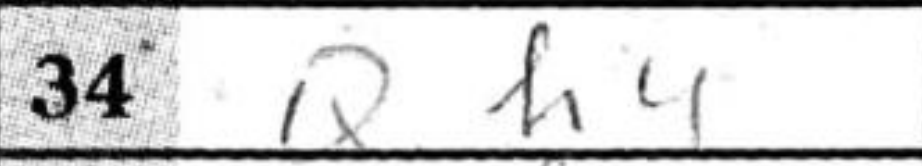
Transcription: Qh4